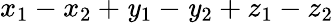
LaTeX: x_{1}-x_{2}+\mathit{y}_{1}-\mathit{y}_{2}+z_{1}-z_{2}